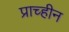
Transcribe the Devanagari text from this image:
प्राच्हीन